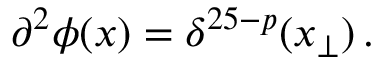
\partial ^ { 2 } \phi ( x ) = \delta ^ { 2 5 - p } ( x _ { \bot } ) \, .